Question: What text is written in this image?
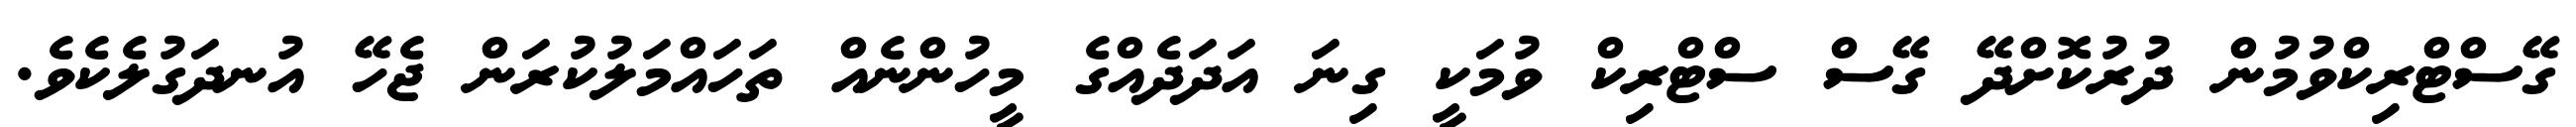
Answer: ގޭސްޓްރިކްވުމުން ދުރުކޮށްދޭ ގޭސް ސްޓްރިކް ވުމަކީ ގިނަ އަދަދެއްގެ މީހުންނެއް ތަހައްމަލުކުރަން ޖެހޭ އުނދަގުލެކެވެ.